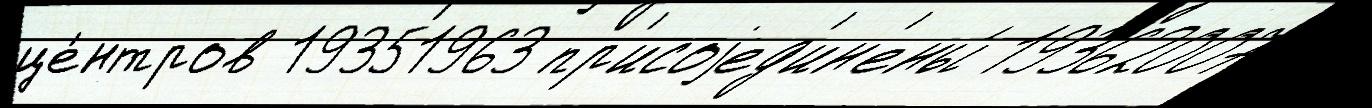
це́нтров 19351963 пр'исоjед'ин'ены́ 19362007